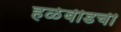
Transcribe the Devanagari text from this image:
हळेबीडची